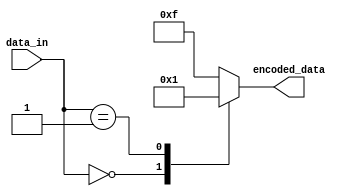
module Encoder(
    input wire [7:0] data_in,
    output reg [3:0] encoded_data
);

always @(*)
begin
    case(data_in)
        8'b00000000: encoded_data = 4'b0000;
        8'b00000001: encoded_data = 4'b0001;
        // Add more cases for other input data values and their corresponding binary representations
        default: encoded_data = 4'b1111; // default case if input data does not match any specified encoding rule
    endcase
end

endmodule